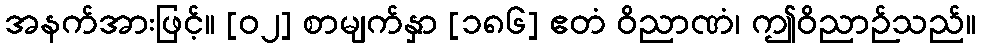
အနက်အားဖြင့်။ [၀၂] စာမျက်နှာ [၁၈၆] ဧတံ ဝိညာဏံ၊ ဤဝိညာဉ်သည်။